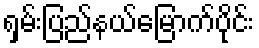
ရှမ်းပြည်နယ်မြောက်ပိုင်း